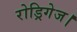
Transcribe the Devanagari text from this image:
रोड्रिगेज।